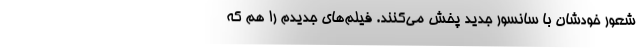
شعور خودشان با سانسور جدید پخش می‌کنند. فیلم‌های جدیدم را هم که‌